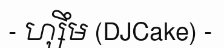
- ហ្សឹម (DJCake) -